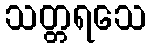
သတ္တရသေ